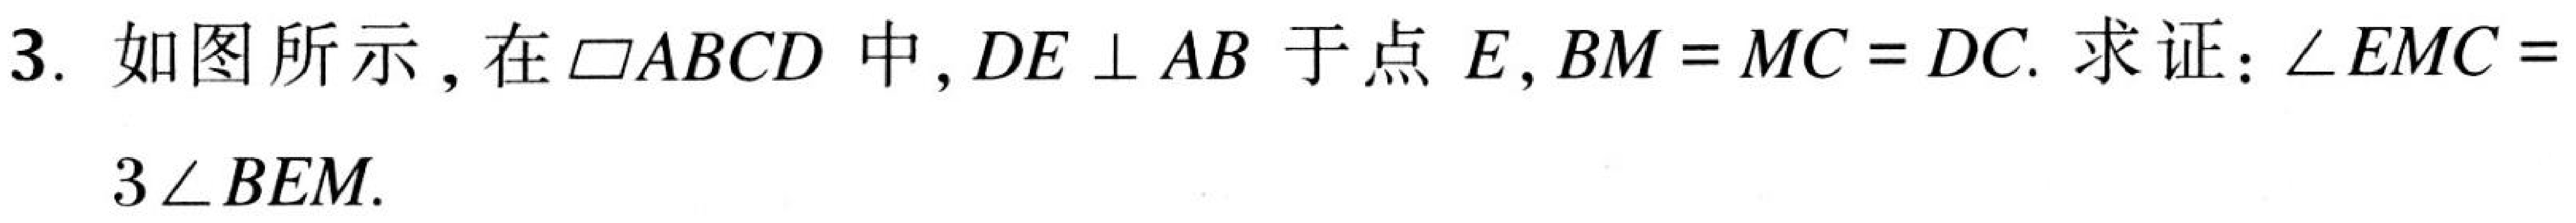
3. 如图所示，在$\square ABCD$中，$DE\perp AB$于点$E$，$BM = MC = DC$. 求证：$\angle EMC = 3\angle BEM$.